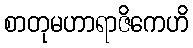
စာတုမဟာရာဇိကေဟိ